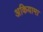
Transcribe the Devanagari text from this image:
अकियामा